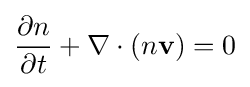
{\frac {\partial n}{\partial t}}+\nabla \cdot (n\mathbf {v} )=0